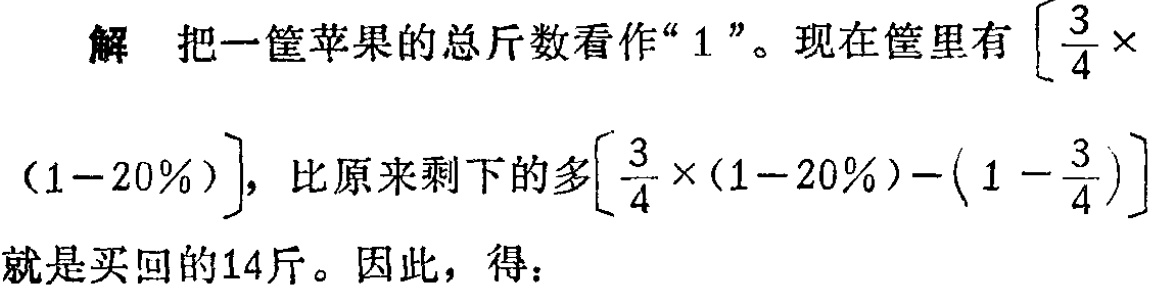
解 把一筐苹果的总斤数看作“$1$”。现在筐里有$\left[\dfrac{3}{4}\times\right.$

$(1 - 20\%)\left.\right]$，比原来剩下的多$\left[\dfrac{3}{4}\times(1 - 20\%)-\left(1 - \dfrac{3}{4}\right)\right]$

就是买回的14斤。因此，得：